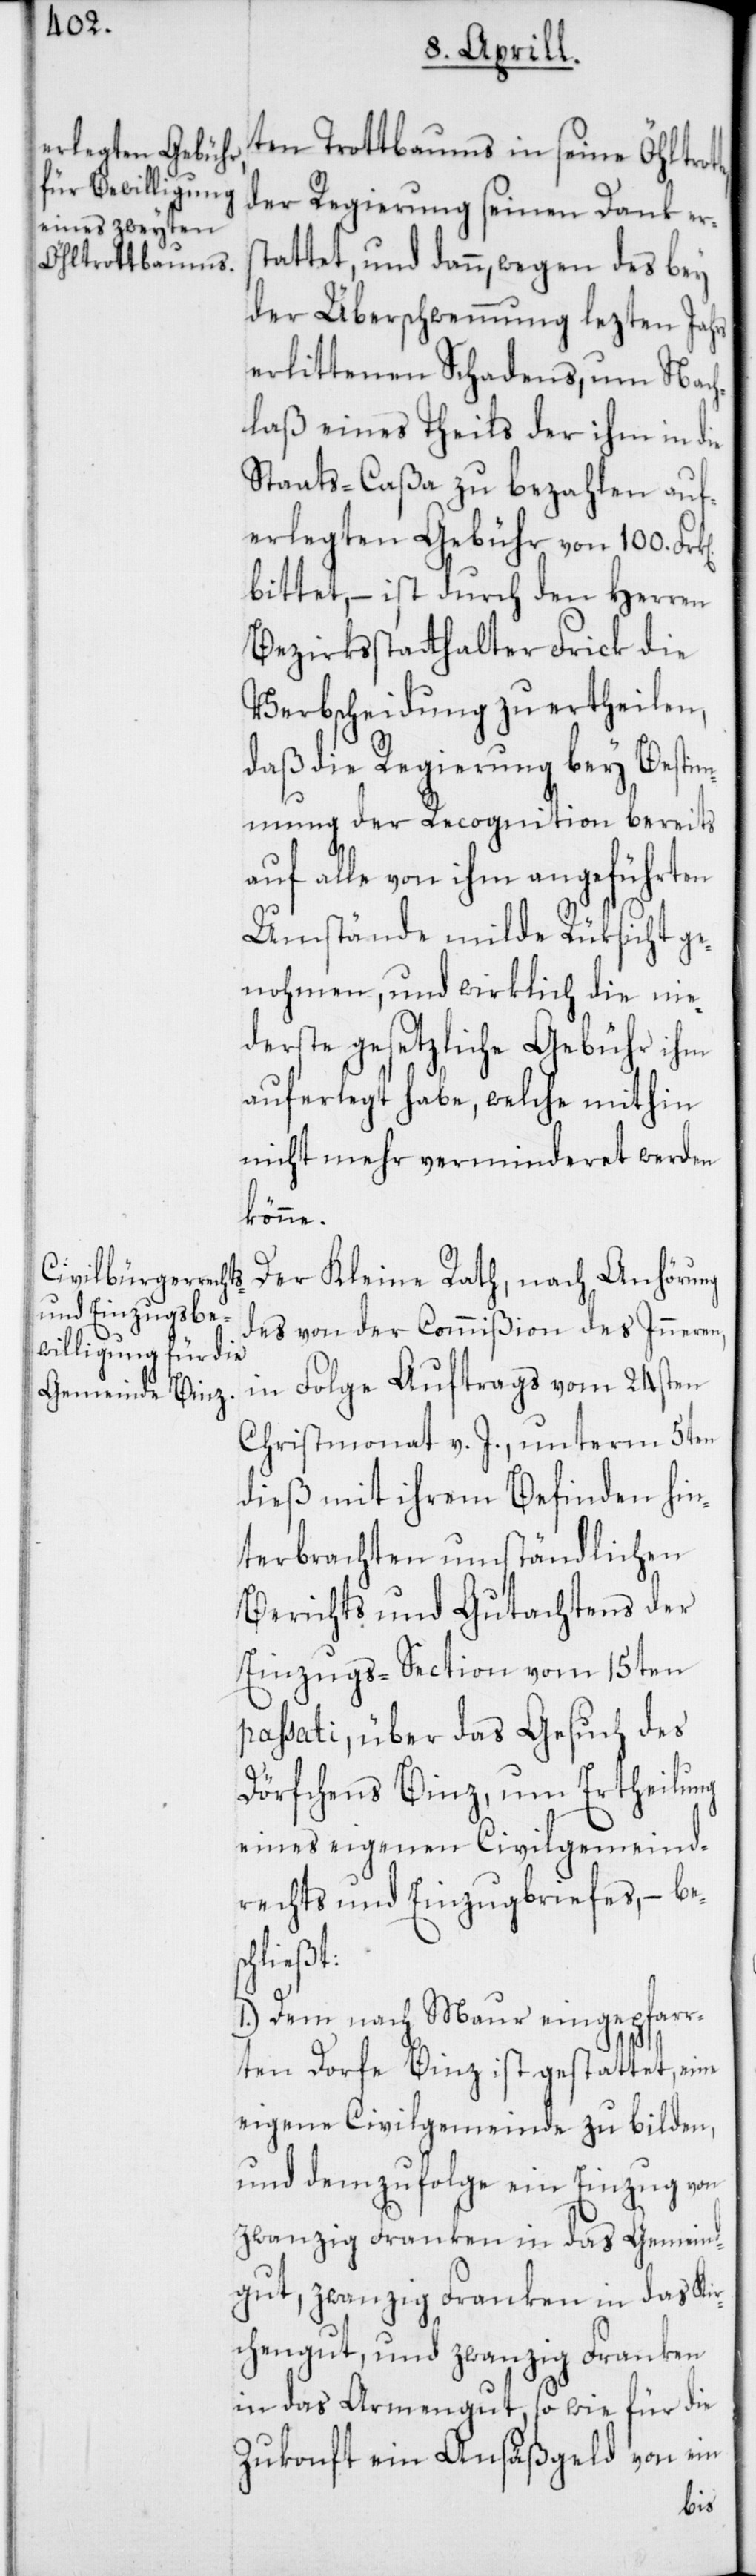
tte,

ten Trottbaums in seine Öhltro¬
der Regierung seinen Dank ers¬
tattet, und dann, wegen des bey
der Überschwemmung lezten Jahrs
erlittenen Schadens, um Nach¬
laß eines Theils der ihm in die
Staats-Caßa zu bezahlen auf¬
erlegten Gebühr von 100. Fr¬
bittet, – ist durch den Herren
Bezirksstatthalter Frick die
Verbscheidung zu ertheilen,
daß die Regierung bey Bestim¬
mung der Recognition bereits
auf alle von ihm angeführten
Umstände milde Rüksicht ge¬
nohmen, und wirklich die nie¬
derste gesetzliche Gebühr ihm
auferlegt habe, welche mithin
nicht mehr verminderet werden
könne.
Der Kleine Rath, nach Anhörung
des von der Commißion des Inneren,
in Folge Auftrags vom 24sten
Christmonat v. J. unterm 5ten
dieß mit ihrem Befinden hin¬
terbrachten umständlichen
Berichts und Gutachtens der
Einzugs-Section vom 15ten
passati, über das Gesuch des
Dörfchens Binz, um Ertheilung
eines eigenen Civilgemeind¬
rechts und Einzugsbriefes, – bes¬
chließt:
1.) Dem nach Maur eingepfarr¬
ten Dorfe Binz ist gestattet, eine
eigene Civilgemeinde zu bilden,
und demzufolge ein Einzug von
zwanzig Franken in das Gemeind¬
gut, zwanzig Franken in das Kir¬
chengut, und zwanzig Franken
in das Armengut, sowie für die
Zukonft ein Ansäßgeld von ein